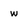
Character: w